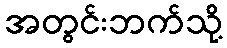
အတွင်းဘက်သို့